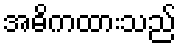
အဓိကထားသည်